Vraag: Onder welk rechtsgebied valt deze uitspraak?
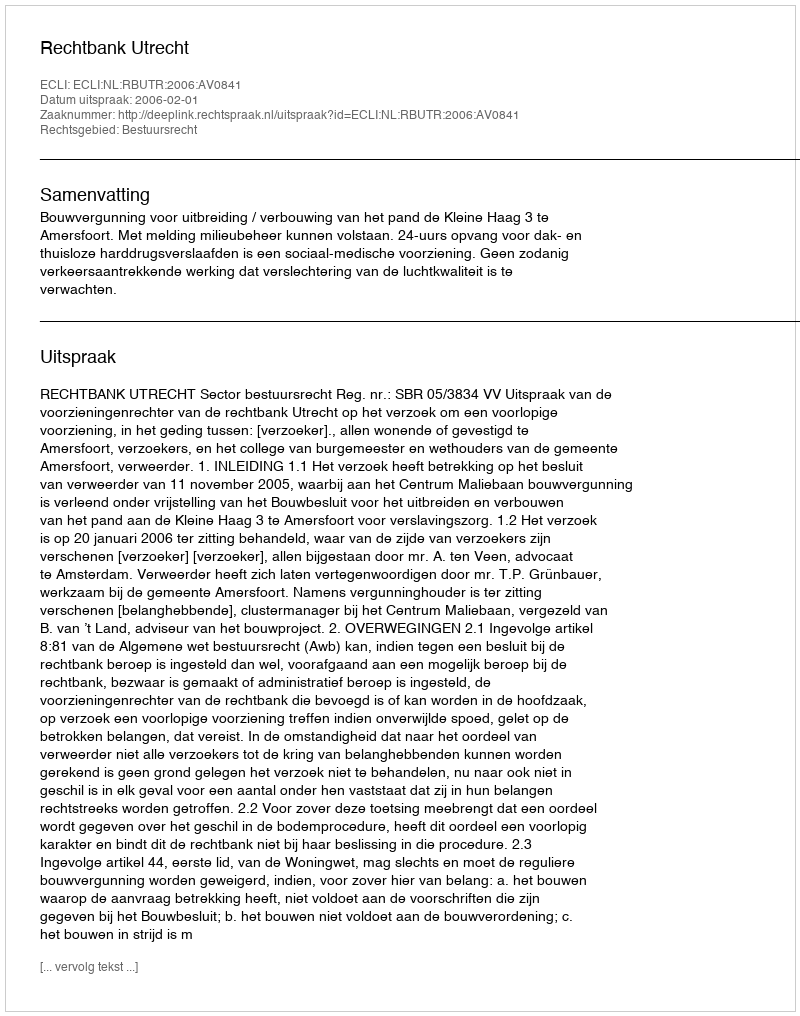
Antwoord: Bestuursrecht